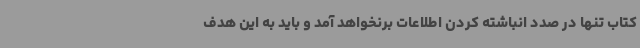
کتاب تنها در صدد انباشته کردن اطلاعات برنخواهد آمد و باید به این هدف